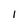
Character: l